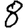
Digit: 8